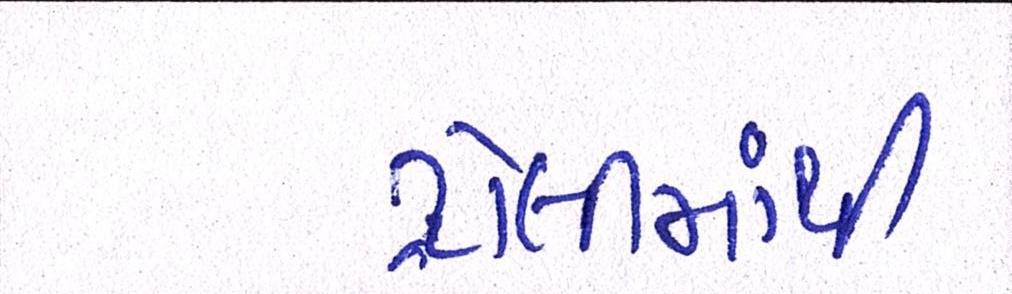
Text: ટ્રોલીમાંથી